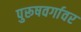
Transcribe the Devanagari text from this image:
पुरूषवर्गावर